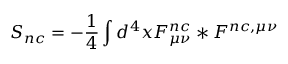
S _ { n c } = - \frac { 1 } { 4 } \int d ^ { 4 } x F _ { \mu \nu } ^ { n c } * F ^ { n c , \mu \nu }